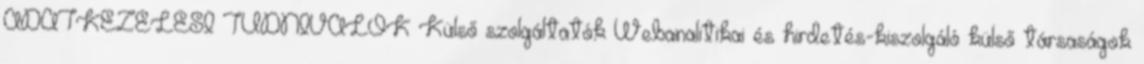
ADATKEZELÉSI TUDNIVALÓK Külső szolgáltatók Webanalitikai és hirdetés-kiszolgáló külső társaságok